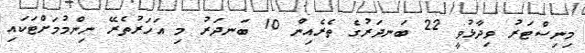
މިނިސްޓަރު ވިދާޅުވީ 22 ބަނދަރުގެ ތެރެއިން 10 ބަނދަރު މި އަހަރުތެރޭ ނިންމުމަށްޓަކައި